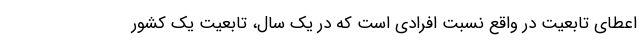
اعطای تابعیت در واقع نسبت افرادی است که در یک سال، تابعیت یک کشور